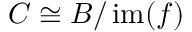
C \cong B / \operatorname { i m } ( f )